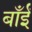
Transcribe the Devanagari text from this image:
बाँईं